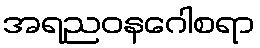
အရညဝနဂေါစရာ